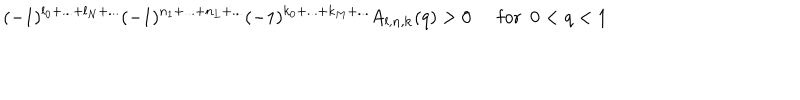
( - 1 ) ^ { l _ { 0 } + . . . + l _ { N } + . . . } ( - 1 ) ^ { n _ { 1 } + . . . + n _ { L } + . . . } ( - 1 ) ^ { k _ { 0 } + . . . + k _ { M } + . . . } A _ { { \bf l } , { \bf n } , { \bf k } } ( q ) > 0 \, ~ ~ \mathrm { f o r } ~ ~ 0 < q < 1